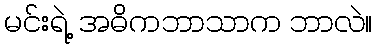
မင်းရဲ့ အဓိကဘာသာက ဘာလဲ။